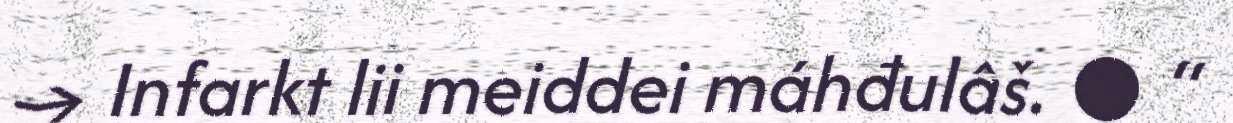
→ Infarkt lii meiddei máhđulâš. ● “